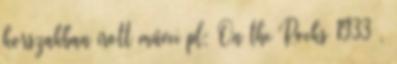
korszakban írott művei pl: On the Rocks 1933 ,